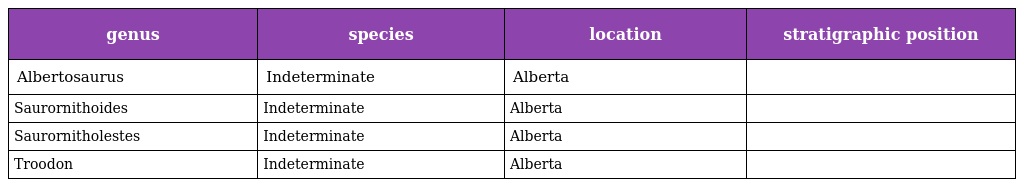
| genus | species | location | stratigraphic position |
 | --- | --- | --- | --- |
 | Albertosaurus | Indeterminate | Alberta |  |
 | Saurornithoides | Indeterminate | Alberta |  |
 | Saurornitholestes | Indeterminate | Alberta |  |
 | Troodon | Indeterminate | Alberta |  |